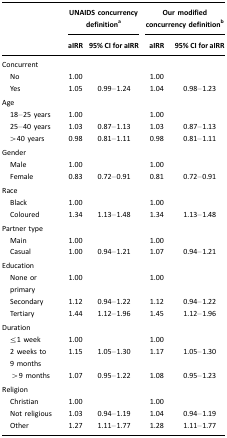
<table><thead><tr><td></td><td colspan="2"><b>UNAIDS concurrency definitiona</b></td><td colspan="2"><b>Our modified concurrency definitionb</b></td></tr><tr><td></td><td><b>aIRR</b></td><td><b>95% CI for aIRR</b></td><td><b>aIRR</b></td><td><b>95% CI for aIRR</b></td></tr></thead><tbody><tr><td>Concurrent</td><td></td><td></td><td></td><td></td></tr><tr><td> No</td><td>1.00</td><td></td><td>1.00</td><td></td></tr><tr><td> Yes</td><td>1.05</td><td>0.99–1.24</td><td>1.04</td><td>0.98–1.23</td></tr><tr><td>Age</td><td></td><td></td><td></td><td></td></tr><tr><td> 18–25 years</td><td>1.00</td><td></td><td>1.00</td><td></td></tr><tr><td> 25–40 years</td><td>1.03</td><td>0.87–1.13</td><td>1.03</td><td>0.87–1.13</td></tr><tr><td> &gt;40 years</td><td>0.98</td><td>0.81–1.11</td><td>0.98</td><td>0.81–1.11</td></tr><tr><td>Gender</td><td></td><td></td><td></td><td></td></tr><tr><td> Male</td><td>1.00</td><td></td><td>1.00</td><td></td></tr><tr><td> Female</td><td>0.83</td><td>0.72–0.91</td><td>0.81</td><td>0.72–0.91</td></tr><tr><td>Race</td><td></td><td></td><td></td><td></td></tr><tr><td> Black</td><td>1.00</td><td></td><td>1.00</td><td></td></tr><tr><td> Coloured</td><td>1.34</td><td>1.13–1.48</td><td>1.34</td><td>1.13–1.48</td></tr><tr><td>Partner type</td><td></td><td></td><td></td><td></td></tr><tr><td> Main</td><td>1.00</td><td></td><td>1.00</td><td></td></tr><tr><td> Casual</td><td>1.00</td><td>0.94–1.21</td><td>1.07</td><td>0.94–1.21</td></tr><tr><td>Education</td><td></td><td></td><td></td><td></td></tr><tr><td> None or primary</td><td>1.00</td><td></td><td>1.00</td><td></td></tr><tr><td> Secondary</td><td>1.12</td><td>0.94–1.22</td><td>1.12</td><td>0.94–1.22</td></tr><tr><td> Tertiary</td><td>1.44</td><td>1.12–1.96</td><td>1.45</td><td>1.12–1.96</td></tr><tr><td>Duration</td><td></td><td></td><td></td><td></td></tr><tr><td> ≤1 week</td><td>1.00</td><td></td><td>1.00</td><td></td></tr><tr><td> 2 weeks to 9 months</td><td>1.15</td><td>1.05–1.30</td><td>1.17</td><td>1.05–1.30</td></tr><tr><td> &gt;9 months</td><td>1.07</td><td>0.95–1.22</td><td>1.08</td><td>0.95–1.23</td></tr><tr><td>Religion</td><td></td><td></td><td></td><td></td></tr><tr><td> Christian</td><td>1.00</td><td></td><td>1.00</td><td></td></tr><tr><td> Not religious</td><td>1.03</td><td>0.94–1.19</td><td>1.04</td><td>0.94–1.19</td></tr><tr><td> Other</td><td>1.27</td><td>1.11–1.77</td><td>1.28</td><td>1.11–1.77</td></tr></tbody></table>